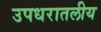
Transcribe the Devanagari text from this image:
उपधरातलीय